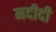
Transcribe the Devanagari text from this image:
मदीदी